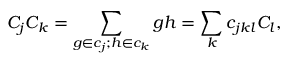
C _ { j } C _ { k } = \sum _ { g \in c _ { j } ; h \in c _ { k } } g h = \sum _ { k } c _ { j k l } C _ { l } ,